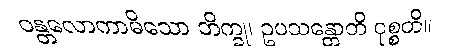
ဝန္တလောကာမိသော ဘိက္ခု၊ ဥပသန္တောတိ ဝုစ္စတိ။